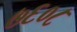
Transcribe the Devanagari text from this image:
७६०८